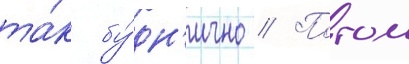
та́к бу́дн'ично // Потом